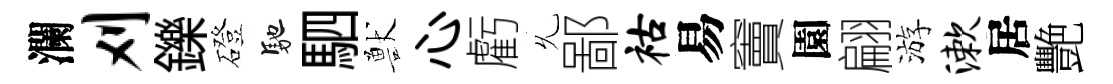
瀾刈鑠磴馳駟獸心虧𠃔鄙祜易竇園翩游漱居艷